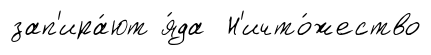
зап'ира́ют я́да Н'ичто́жество